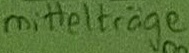
Text: mittelträge